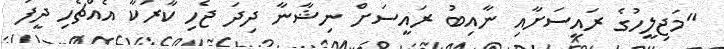
"މަޖިލީހުގެ ރައީސަށާއި ނާއިބު ރައީސަށް ނިޝާނާ ދިދަ ޖެހި ކާރަކާ އެއްޗެހި ދީފަ